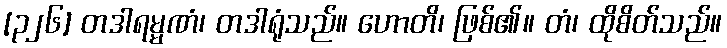
[၃၂၆] တဒါရမ္မဏံ၊ တဒါရုံသည်။ ဟောတိ၊ ဖြစ်၏။ တံ၊ ထိုစိတ်သည်။